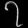
Digit: ၇